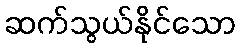
ဆက်သွယ်နိုင်သော